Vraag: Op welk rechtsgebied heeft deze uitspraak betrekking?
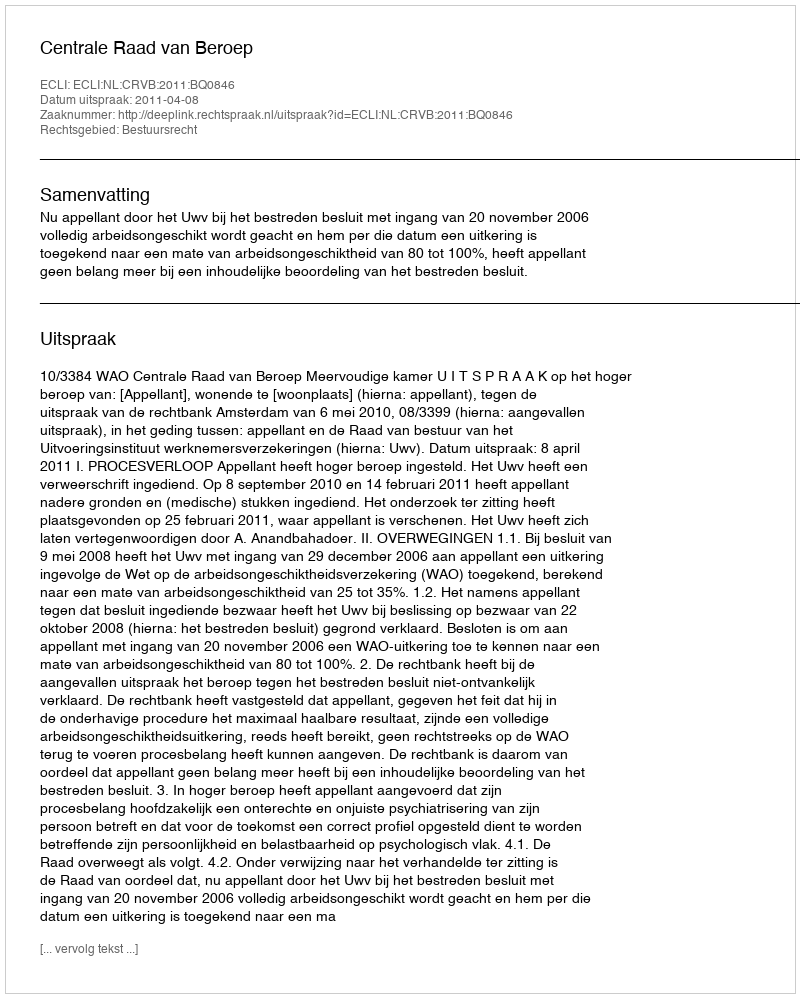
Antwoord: Bestuursrecht